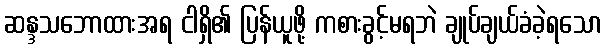
ဆန္ဒသဘောထားအရ ငါရှိ၏ ပြန်ယူဖို့ ကစားခွင့်မရဘဲ ချုပ်ချယ်ခံခဲ့ရသော